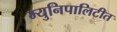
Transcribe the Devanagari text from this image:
म्युनिपालिटीत